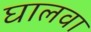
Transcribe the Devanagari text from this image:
घालवा